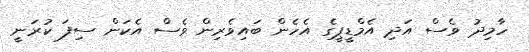
ހާމިދު ވެސް އަދި އެމްޑީޕީގެ އެހެން ބައިވެރިން ވެސް އެކަން ސިފަ ކުރަނީ